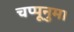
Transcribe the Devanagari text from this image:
चप्पूनुमा